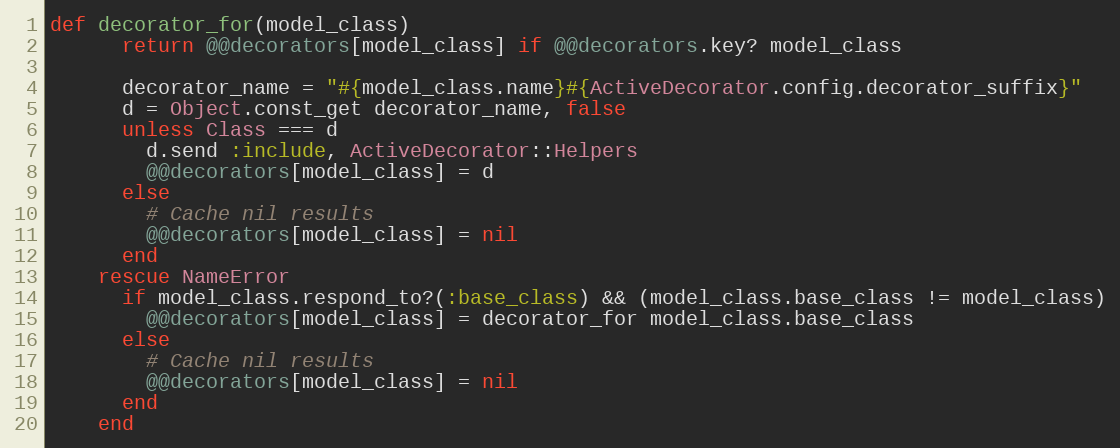
Language: Ruby
def decorator_for(model_class)
      return @@decorators[model_class] if @@decorators.key? model_class

      decorator_name = "#{model_class.name}#{ActiveDecorator.config.decorator_suffix}"
      d = Object.const_get decorator_name, false
      unless Class === d
        d.send :include, ActiveDecorator::Helpers
        @@decorators[model_class] = d
      else
        # Cache nil results
        @@decorators[model_class] = nil
      end
    rescue NameError
      if model_class.respond_to?(:base_class) && (model_class.base_class != model_class)
        @@decorators[model_class] = decorator_for model_class.base_class
      else
        # Cache nil results
        @@decorators[model_class] = nil
      end
    end